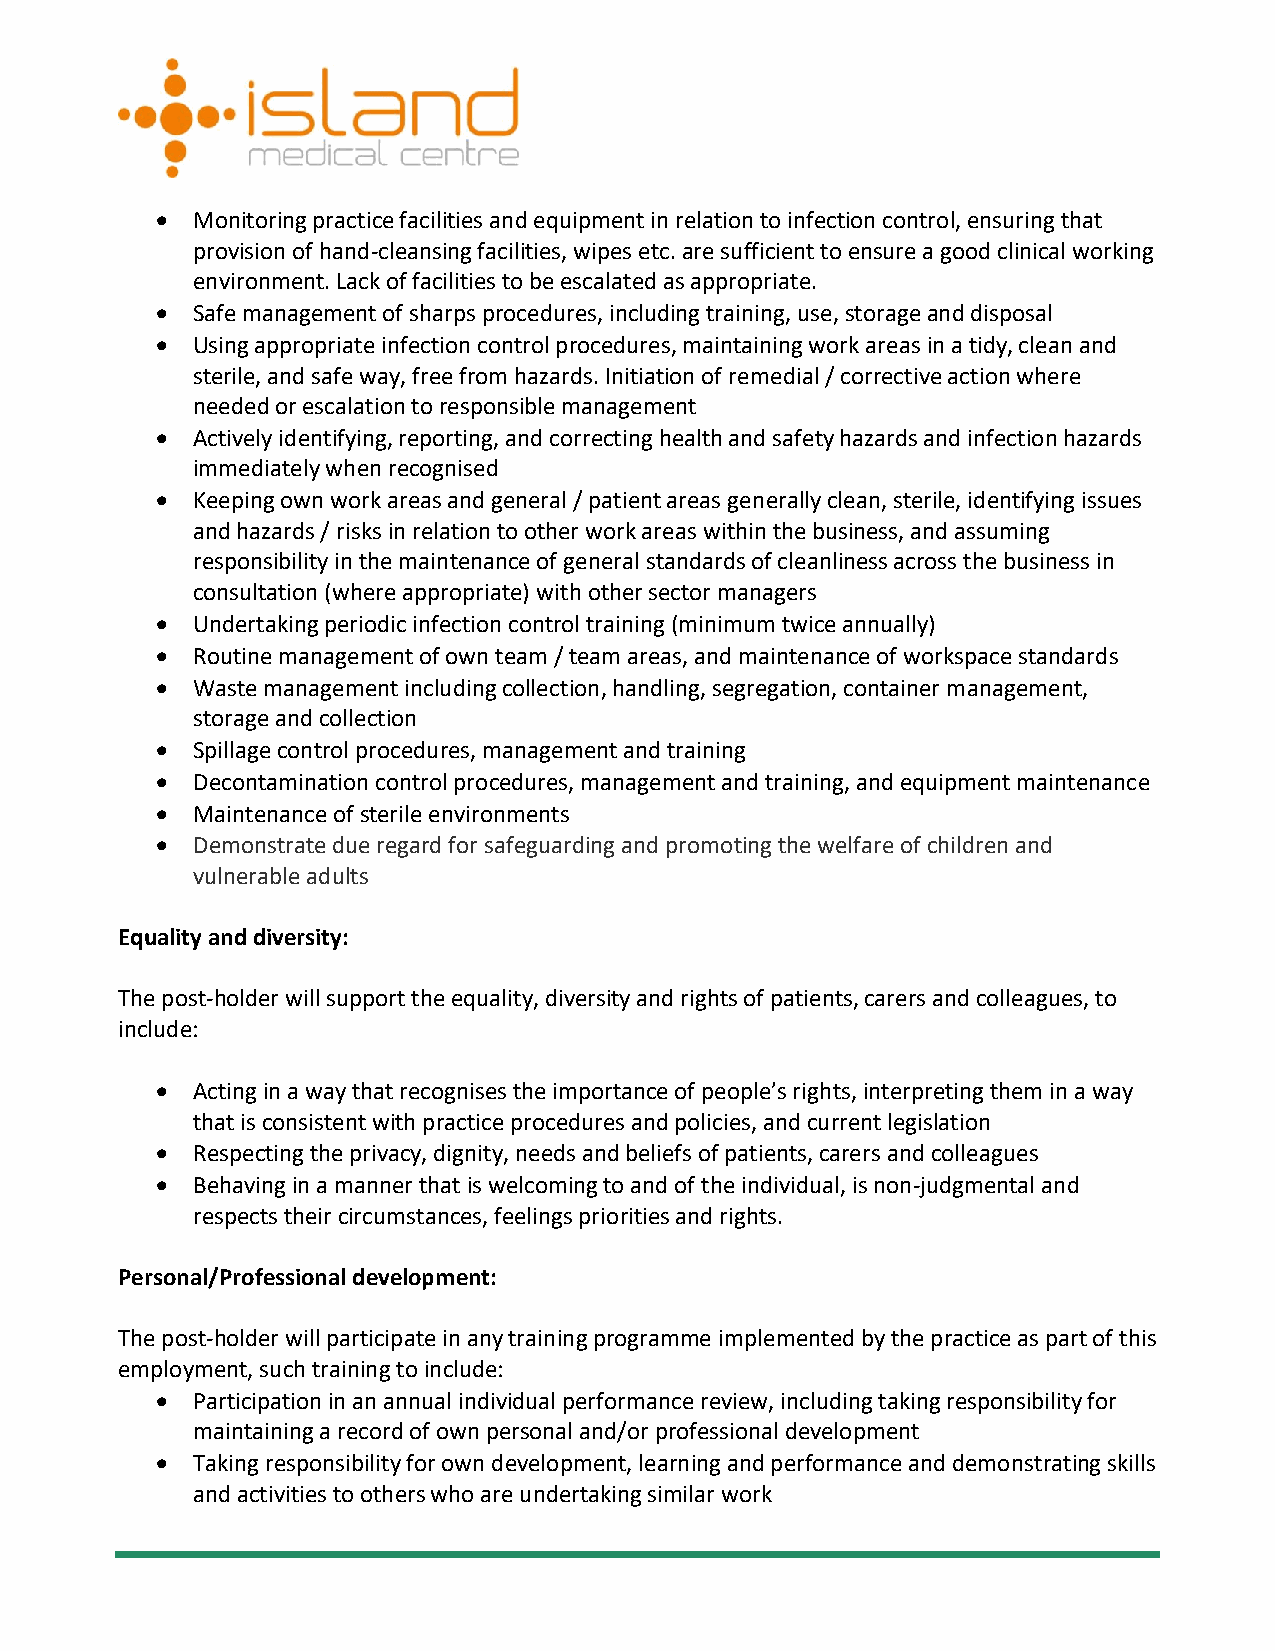
•  Monitoring practice facilities and equipment in relation to infection control, ensuring that
 provision of hand-cleansing facilities, wipes etc. are sufficient to ensure a good clinical working
 environment. Lack of facilities to be escalated as appropriate.
 •  Safe management of sharps procedures, including training, use, storage and disposal
 •  Using appropriate infection control procedures, maintaining work areas in a tidy, clean and
 sterile, and safe way, free from hazards. Initiation of remedial / corrective action where
 needed or escalation to responsible management
 •  Actively identifying, reporting, and correcting health and safety hazards and infection hazards
 immediately when recognised
 •  Keeping own work areas and general / patient areas generally clean, sterile, identifying issues
 and hazards / risks in relation to other work areas within the business, and assuming
 responsibility in the maintenance of general standards of cleanliness across the business in
 consultation (where appropriate) with other sector managers
 •  Undertaking periodic infection control training (minimum twice annually)
 •  Routine management of own team / team areas, and maintenance of workspace standards
 •  Waste management including collection, handling, segregation, container management,
 storage and collection
 •  Spillage control procedures, management and training
 •  Decontamination control procedures, management and training, and equipment maintenance
 •  Maintenance of sterile environments
 •  Demonstrate due regard for safeguarding and promoting the welfare of children and
 vulnerable adults
 Equality and diversity:
 The post-holder will support the equality, diversity and rights of patients, carers and colleagues, to
 include:
 •  Acting in a way that recognises the importance of people’s rights, interpreting them in a way
 that is consistent with practice procedures and policies, and current legislation
 •  Respecting the privacy, dignity, needs and beliefs of patients, carers and colleagues
 •  Behaving in a manner that is welcoming to and of the individual, is non-judgmental and
 respects their circumstances, feelings priorities and rights.
 Personal/Professional development:
 The post-holder will participate in any training programme implemented by the practice as part of this
 employment, such training to include:
 •  Participation in an annual individual performance review, including taking responsibility for
 maintaining a record of own personal and/or professional development
 •  Taking responsibility for own development, learning and performance and demonstrating skills
 and activities to others who are undertaking similar work